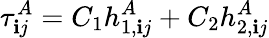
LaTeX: \tau_{\mathbf{i}j}^{A}=C_{1}h_{1,\mathbf{i}j}^{A}+C_{2}h_{2,\mathbf{i}j}^{A}